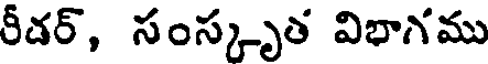
రీడర్, సంస్కృత విభాగము